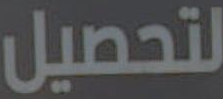
لتحصيل